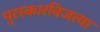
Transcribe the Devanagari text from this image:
पुरस्कारविजत्या